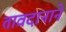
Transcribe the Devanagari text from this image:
तावदानाने